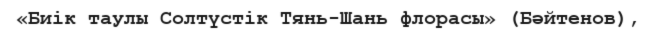
«Биік таулы Солтүстік Тянь-Шань флорасы» (Бәйтенов),